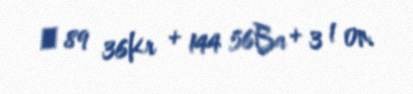
→ 89 36Kr + 144 56Ba + 3 1 0n.